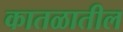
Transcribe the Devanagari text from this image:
कातळातील